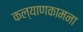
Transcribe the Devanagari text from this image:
कल्याणकामना